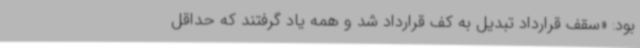
بود: «سقف قرارداد تبدیل به کف قرارداد شد و همه یاد گرفتند که حداقل